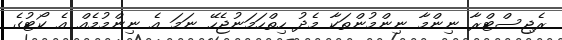
ރެޖިސްޓްރާ ނިންމާ ނިންމުންތަކާ މެދު ހިތްހަމަނުޖެހޭ ނަމަ އެ ނިންމުމެއް އެ ކޯޓުގެ